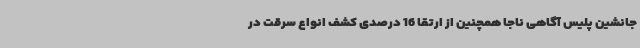
جانشین پلیس آگاهی ناجا همچنین از ارتقا 16 درصدی کشف انواع سرقت در